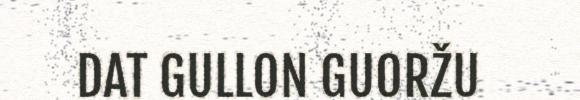
DAT GULLON GUORŽU